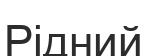
Рідний